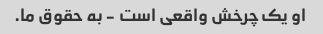
او یک چرخش واقعی است - به حقوق ما.